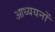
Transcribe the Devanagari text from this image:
आध्ययनों